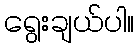
ရွေးချယ်ပါ။